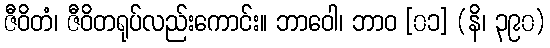
ဇီဝိတံ၊ ဇီဝိတရုပ်လည်းကောင်း။ ဘာဝေါ၊ ဘာဝ [၀၁] (နိ၊ ၃၉၀)